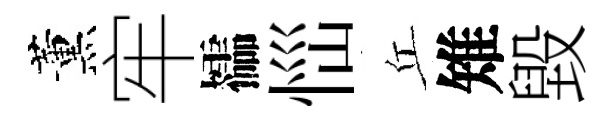
薰牢櫺𢙉丘雉毀